Indian Civil Veterinary Department memoirs
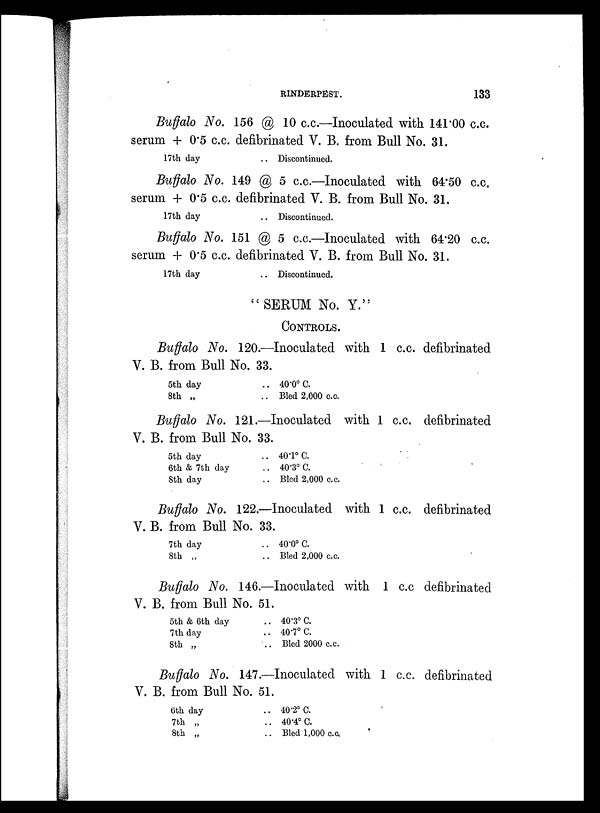
RINDERPEST.
133
Buffalo No. 156 @ 10 c.c.—Inoculated with 141.00 c.c.
serum + 0.5 c.c. defibrinated V. B. from Bull No. 31.
17th day
.. Discontinued.
Buffalo No. 149 @ 5 c.c.—Inoculated with 64.50 c.c.
serum + 0.5 c.c. defibrinated V. B. from Bull No. 31.
17th day
.. Discontinued.
Buffalo No. 151 @ 5 c.c.—Inoculated with 64.20 c.c.
serum + 0.5 c.c. defibrinated V. B. from Bull No. 31.
17th day
.. Discontinued.
"SERUM No. Y."
CONTROLS.
Buffalo No. 120.—Inoculated with 1 c.c. defibrinated
V. B. from Bull No. 33.
5th day
8th „
.. 40.0º C.
.. Bled 2,000 c.c.
Buffalo No. 121.—Inoculated with 1 c.c. defibrinated
V. B. from Bull No. 33.
5th day
6th & 7th day
8th day
.. 40.1º C.
.. 40.3º C.
.. Bled 2,000 c.c.
Buffalo No. 122.—Inoculated with 1 c.c. defibrinated
V. B. from Bull No. 33.
7th day
8th „
.. 40.0º C.
.. Bled 2,000 c.c.
Buffalo No. 146.—Inoculated with 1 c.c. defibrinated
V. B. from Bull No. 51.
5th & 6th day
7th day
8th „
.. 40.3º C.
.. 40.7º C.
.. Bled 2000 c.c.
Buffalo No. 147.—Inoculated with 1 c.c. defibrinated
V. B. from Bull No. 51.
6th day
7th „
8th „
.. 40.2º C.
.. 40.4º C.
.. Bled 1,000 c.c.